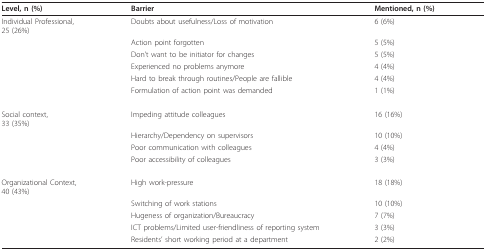
<table><thead><tr><td><b>Level, n (%)</b></td><td><b>Barrier</b></td><td><b>Mentioned, n (%)</b></td></tr></thead><tbody><tr><td>Individual Professional,25 (26%)</td><td>Doubts about usefulness/Loss of motivation</td><td>6 (6%)</td></tr><tr><td></td><td>Action point forgotten</td><td>5 (5%)</td></tr><tr><td></td><td>Don&#x27;t want to be initiator for changes</td><td>5 (5%)</td></tr><tr><td></td><td>Experienced no problems anymore</td><td>4 (4%)</td></tr><tr><td></td><td>Hard to break through routines/People are fallible</td><td>4 (4%)</td></tr><tr><td></td><td>Formulation of action point was demanded</td><td>1 (1%)</td></tr><tr><td>Social context,33 (35%)</td><td>Impeding attitude colleagues</td><td>16 (16%)</td></tr><tr><td></td><td>Hierarchy/Dependency on supervisors</td><td>10 (10%)</td></tr><tr><td></td><td>Poor communication with colleagues</td><td>4 (4%)</td></tr><tr><td></td><td>Poor accessibility of colleagues</td><td>3 (3%)</td></tr><tr><td>Organizational Context,40 (43%)</td><td>High work-pressure</td><td>18 (18%)</td></tr><tr><td></td><td>Switching of work stations</td><td>10 (10%)</td></tr><tr><td></td><td>Hugeness of organization/Bureaucracy</td><td>7 (7%)</td></tr><tr><td></td><td>ICT problems/Limited user-friendliness of reporting system</td><td>3 (3%)</td></tr><tr><td></td><td>Residents&#x27; short working period at a department</td><td>2 (2%)</td></tr></tbody></table>